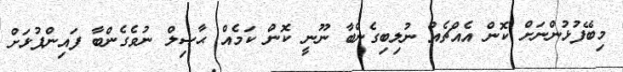
މިބޭފުޅުންނަށް ކޮން އެއްޗެއް ނުލިބިގެންބާ ނޫނީ ކޮން ކަމެއް ޙާޞިލް ނުވެގެންބާ ފައިންޕުޅަށް